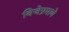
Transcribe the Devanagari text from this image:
विजेप्रमाणे